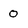
Character: 0